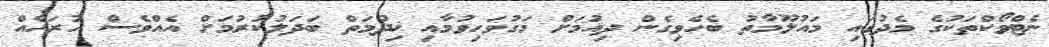
ނެޓްވޯކްތަކުގެ މެދުގައި މައުލޫމާތު ބެހެވިގެން ދިއުމަށް މަގުވަހިވުމާއި ޚިދުމަތް ބަދަލުކުރުމަށް އެއްވެސް ހުރަހެއް